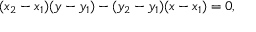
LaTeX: ( x _ { 2 } - x _ { 1 } ) ( y - y _ { 1 } ) - ( y _ { 2 } - y _ { 1 } ) ( x - x _ { 1 } ) = 0 ,